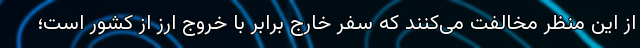
از این منظر مخالفت می‌کنند که سفر خارج برابر با خروج ارز از کشور است؛